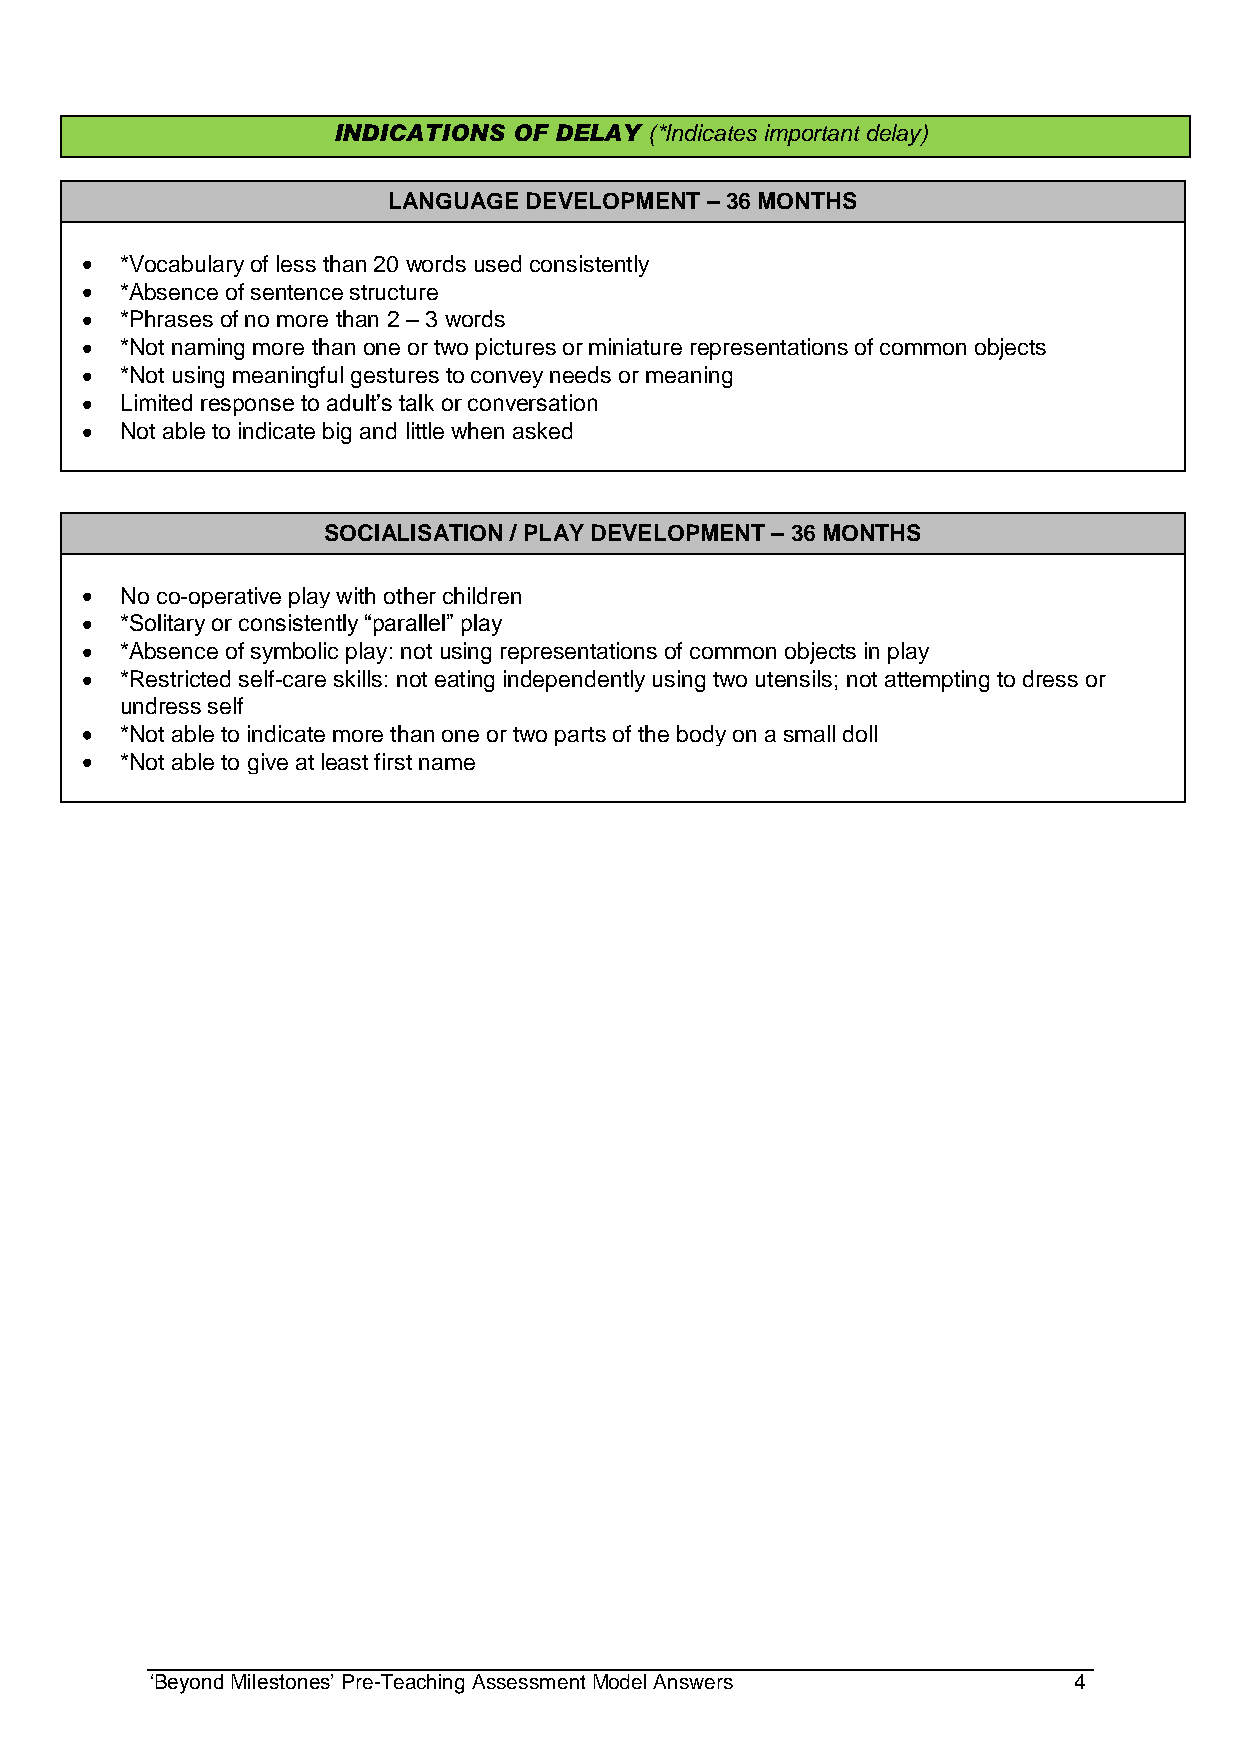
INDICATIONS OF DELAY (*Indicates important delay)
 LANGUAGE DEVELOPMENT – 36 MONTHS
 *Vocabulary of less than 20 words used consistently
 *Absence of sentence structure
 *Phrases of no more than 2 – 3 words
 *Not naming more than one or two pictures or miniature representations of common objects
 *Not using meaningful gestures to convey needs or meaning
 Limited response to adult‟s talk or conversation
 Not able to indicate big and little when asked
 SOCIALISATION / PLAY DEVELOPMENT – 36 MONTHS
 No co-operative play with other children
 *Solitary or consistently “parallel” play
 *Absence of symbolic play: not using representations of common objects in play
 *Restricted self-care skills: not eating independently using two utensils; not attempting to dress or
 undress self
 *Not able to indicate more than one or two parts of the body on a small doll
 *Not able to give at least first name
 „Beyond Milestones‟ Pre-Teaching Assessment Model Answers    4